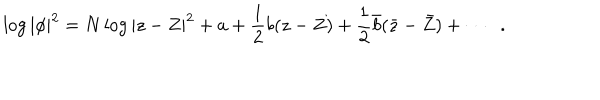
\log | \phi | ^ { 2 } = N \log | z - Z | ^ { 2 } + a + \frac { 1 } { 2 } b ( z - Z ) + \frac { 1 } { 2 } { \bar { b } } ( { \bar { z } } - { \bar { Z } } ) + \cdots \; \; .